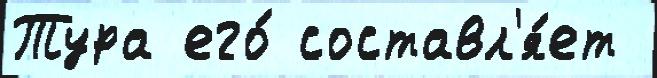
Тура его́ составл'я́ет